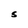
Character: S